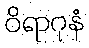
ဝိရာဂုနံ